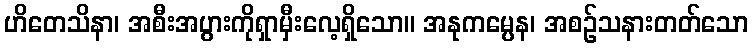
ဟိတေသိနာ၊ အစီးအပွားကိုရှာမှီးလေ့ရှိသော။ အနုကမ္ပေန၊ အစဉ်သနားတတ်သော